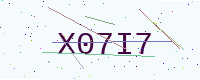
Text: X07I7